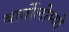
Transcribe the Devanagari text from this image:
बार्तोलोम्यो